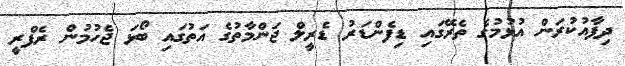
ދިފާއުކުރަން އުޅުމުގެ ތެރޭގައި ޑިފެންޑަރު ޑެރީލް ޖަންމާތުގެ އަތުގައި ބޯޅަ ޖެހުމުން ރެފްރީ